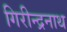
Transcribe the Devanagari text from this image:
गिरीन्द्रनाथ